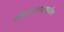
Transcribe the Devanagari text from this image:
खेडय़ापाडय़ातील